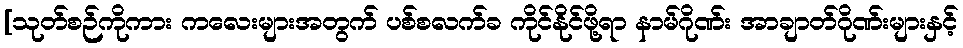
[သုတ်စဉ်ကိုကား ကလေးများအတွက် ပစ်စလက်ခ ကိုင်နိုင်ဖို့ရာ နာမ်ဂိုဏ်း အာချာတ်ဂိုဏ်းများနှင့်